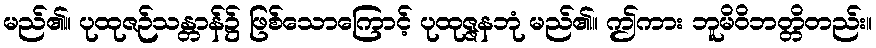
မည်၏။ ပုထုဇဉ်သန္တာန်၌ ဖြစ်သောကြောင့် ပုထုဇ္ဇနဘုံ မည်၏။ ဤကား ဘူမိဝိဘတ္တိတည်း။